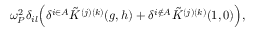
\omega _ { P } ^ { 2 } \delta _ { i l } \Big ( \delta ^ { i \in A } \Tilde { K } ^ { ( j ) ( k ) } ( g , h ) + \delta ^ { i \notin A } \Tilde { K } ^ { ( j ) ( k ) } ( 1 , 0 ) \Big ) ,